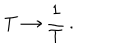
T \rightarrow { \frac { 1 } { T } } \, .